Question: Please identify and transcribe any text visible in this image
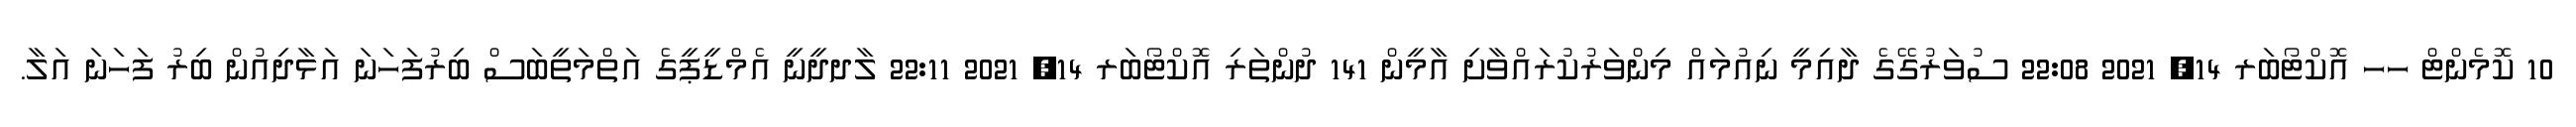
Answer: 10 ކޮމެންޓް ހހ އޮކްޓޯބަރ 14, 2021 22:08 ސުވަރުގޭގެ ދާއިމީ ނިއުމައް މިންވަރުކުރައްވާށި އާމީން 141 ދުންތަރި އޮކްޓޯބަރ 14, 2021 22:11 ލާދދީނީ އެމްޑީޕީގެ އަތްމަތީބަސް ބިރުފަހަނަ އަޅާދިއުން ބިރު ފަހަނަ އަލާ.